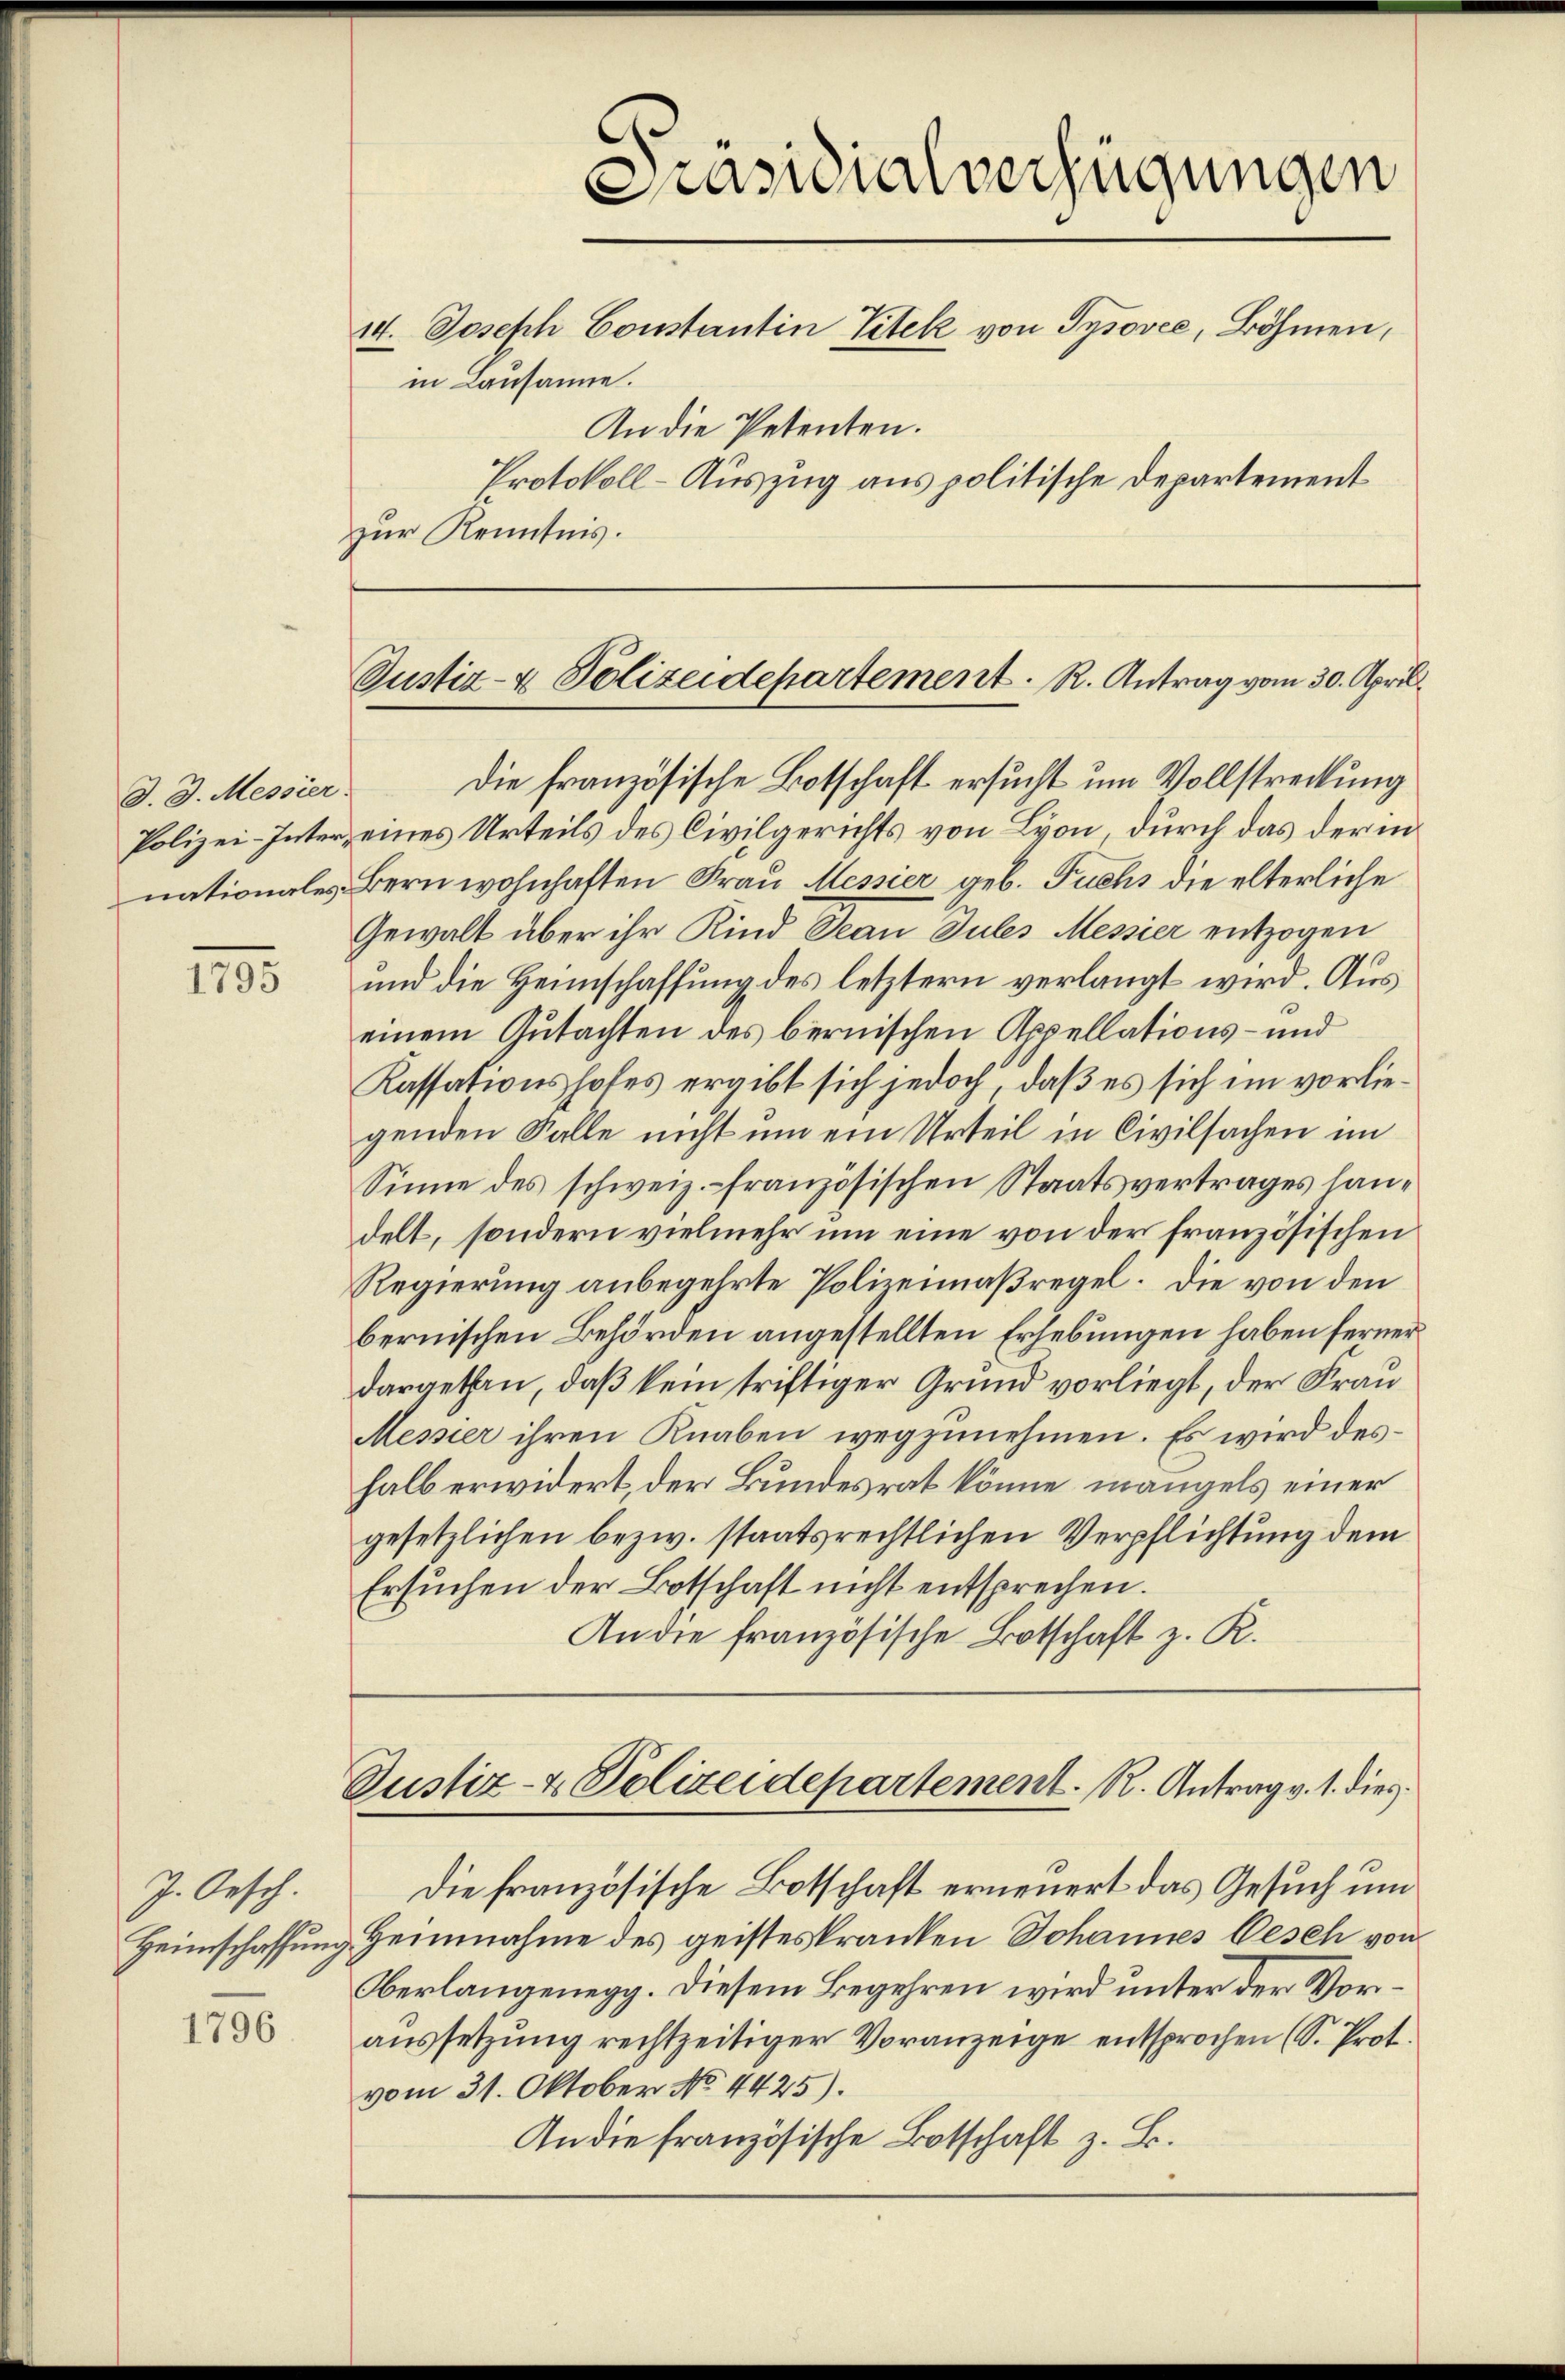
J. J. Messier.

15

J. Oesch.

1796

Präsidialverfügungen
14. Joseph Constantin Titel von Tysovce, Böhmen,
in Lausanne.
An die Petenten.
Protokoll-Auszug aus politische Departement
zur Kenntnis.

Justiz- & Polizeidepartement. R. Antrag vom 30. April

Justiz- & Polizeidepartement. R. Antrag v. 1. dies

Die französische Botschaft ersucht um Vollstreckung
Polizei-Inter eines Urteils des Civilgerichts von Lyon, durch das der in
nationales Bern wohnhaften Frau Messier geb. Fuchs die elterliche
Gewalt über ihr Kind Jean Tules Messier entzogen
und die Heimschaffung des letztern verlangt wird. Aus
einem Gutachten des bernischen Appellations- und
Kassationshofes ergibt sich jedoch, daß es sich im vorliegenden Falle nicht um ein Urteil in Civilsachen im
Sinne des schweiz. -französischen Staatsvertrages handelt, sondern vielmehr um eine von der französischen
Regierung anbegehrte Polizeimaßregel. Die von den
bernischen Behörden angestellten Erhebungen haben ferner
dargethan, daß kein triftiger Grund vorliegt, der Frau
Messier ihren Knaben wegzunehmen. Es wird deshalb erwidert, der Bundesrat könne, mangels einer
gesetzlichen bezw. staatsrechtlichen Verpflichtung dem
Ersuchen der Botschaft nicht entsprechen.
An die französische Botschaft z. R.

Die französische Botschaft erneuert das Gesuch um
Heimschaffung Heinnahme des geisteskranken Johannes Gesch von
Oberlangenegg. Diesem Begehren wird unter der Voraussetzung rechtzeitiger Voranzeige entsprochen (S. Prot.
vom 31. Oktober No. 4425).
An die französische Botschaft z. B.